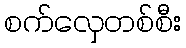
စက်လှေတစ်စီး